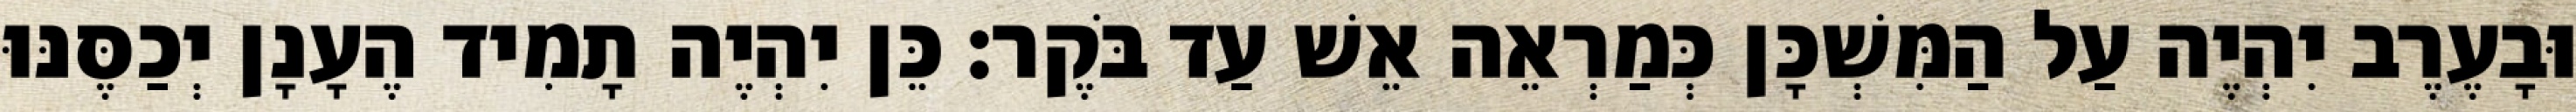
וּבָעֶרֶב יִהְיֶה עַל הַמִּשְׁכָּן כְּמַרְאֵה אֵשׁ עַד בֹּקֶר׃ כֵּן יִהְיֶה תָמִיד הֶעָנָן יְכַסֶּנּוּ